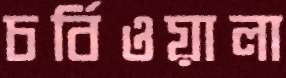
চর্বিওয়ালা